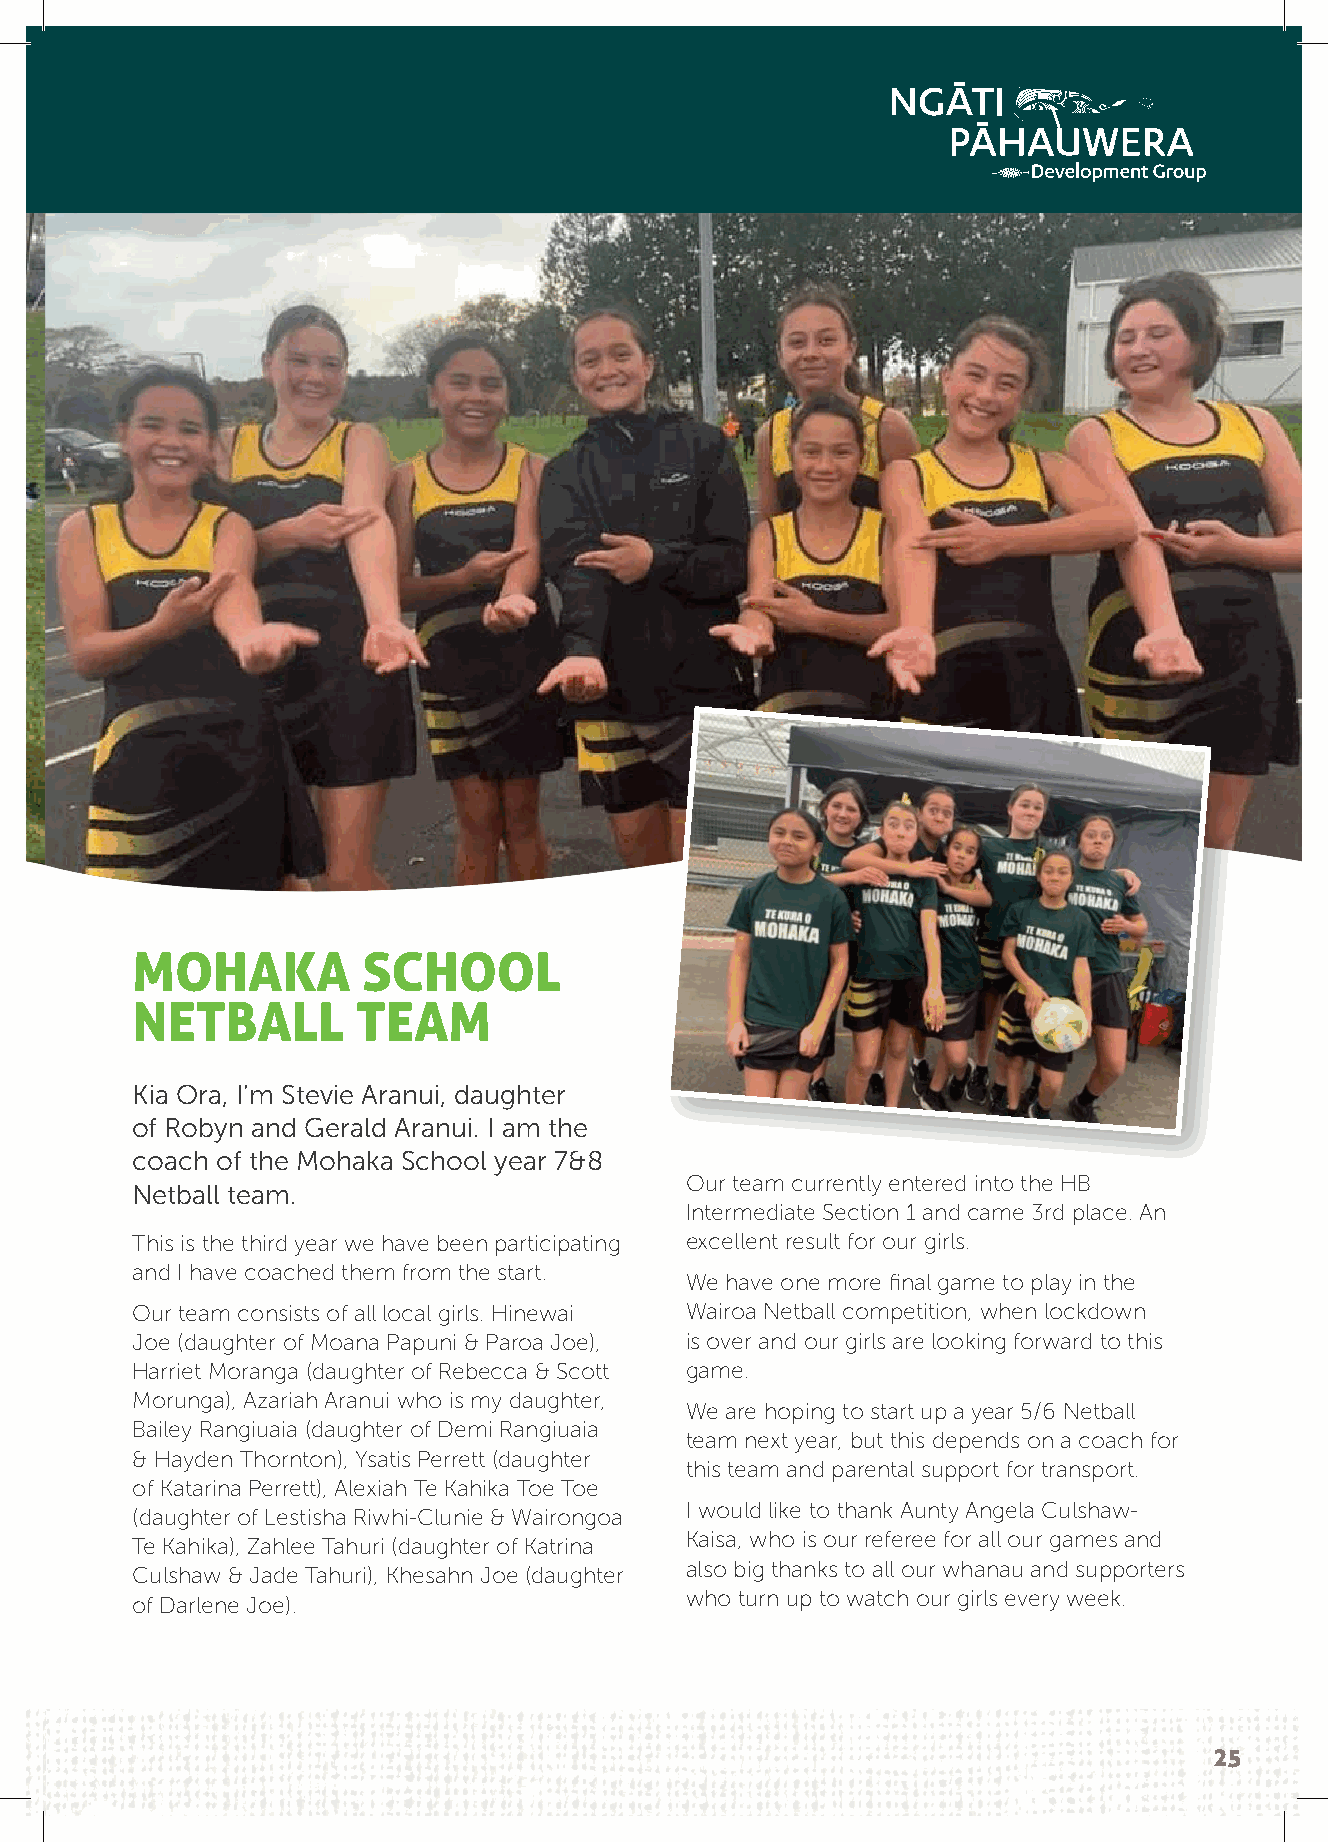
MOHAKA         SCHOOL
 NETBALL        TEAM
 Kia Ora, I’m Stevie Aranui, daughter
 of Robyn and Gerald Aranui. I am the
 coach of the Mohaka School year 7&8
 Our team currently entered into the HB
 Netball team.
 Intermediate Section 1 and came 3rd place. An
 This is the third year we have been participating excellent result for our girls.
 and I have coached them from the start.
 We have one more final game to play in the
 Our team consists of all local girls. Hinewai Wairoa Netball competition, when lockdown
 Joe (daughter of Moana Papuni & Paroa Joe), is over and our girls are looking forward to this
 Harriet Moranga (daughter of Rebecca & Scott game.
 Morunga), Azariah Aranui who is my daughter,
 We are hoping to start up a year 5/6 Netball
 Bailey Rangiuaia (daughter of Demi Rangiuaia
 team next year, but this depends on a coach for
 & Hayden Thornton), Ysatis Perrett (daughter
 this team and parental support for transport.
 of Katarina Perrett), Alexiah Te Kahika Toe Toe
 I would like to thank Aunty Angela Culshaw-
 (daughter of Lestisha Riwhi-Clunie & Wairongoa
 Kaisa, who is our referee for all our games and
 Te Kahika), Zahlee Tahuri (daughter of Katrina
 also big thanks to all our whanau and supporters
 Culshaw & Jade Tahuri), Khesahn Joe (daughter
 who turn up to watch our girls every week.
 of Darlene Joe).
 25